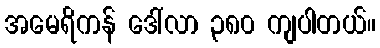
အမေရိကန် ဒေါ်လာ ၃၈၀ ကျပါတယ်။